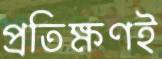
প্রতিক্ষণই